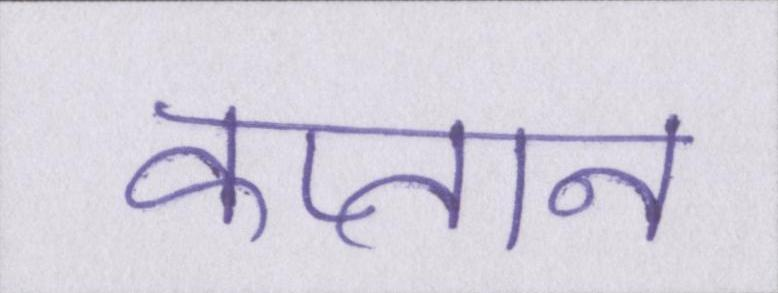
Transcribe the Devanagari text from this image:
कप्तान